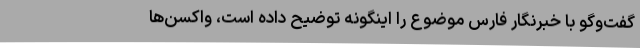
گفت‌وگو با خبرنگار فارس موضوع را اینگونه توضیح داده است، واکسن‌ها